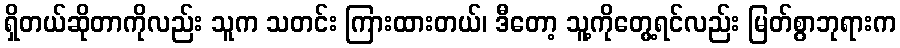
ရှိတယ်ဆိုတာကိုလည်း သူက သတင်း ကြားထားတယ်၊ ဒီတော့ သူ့ကိုတွေ့ရင်လည်း မြတ်စွာဘုရားက